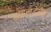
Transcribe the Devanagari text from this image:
हाइलडेब्रैंड